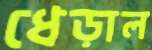
ধেড়াল